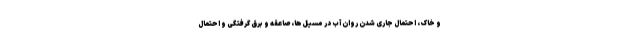
و خاک، احتمال جاری شدن روان آب در مسیل‌ها، صاعقه و برق گرفتگی و احتمال